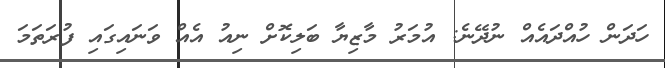
ހަދަން ހުއްދައެއް ނުދޭނެ: އުމަރު މާޒިޔާ ބަލިކޮށް ނިއު އެއް ވަނައިގައި ފުރަތަމަ